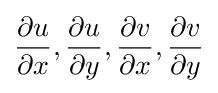
{\frac {\partial u}{\partial x}},{\frac {\partial u}{\partial y}},{\frac {\partial v}{\partial x}},{\frac {\partial v}{\partial y}}